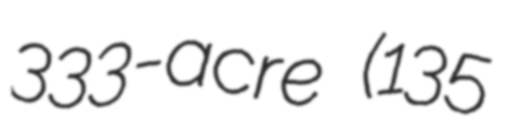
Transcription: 333-acre (135